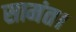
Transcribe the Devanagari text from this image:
सामंत।